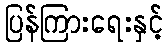
ပြန်ကြားရေးနှင့်